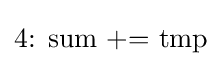
{\mathtt {\text{4: sum += tmp}}}